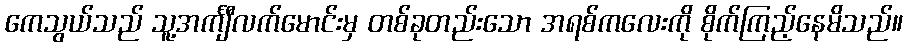
ကေသွယ်သည် သူ့အင်္ကျီလက်မောင်းမှ တစ်ခုတည်းသော အရစ်ကလေးကို စိုက်ကြည့်နေမိသည်။